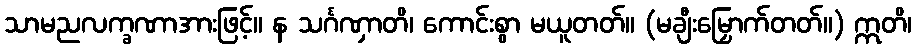
သာမညလက္ခဏာအားဖြင့်။ န သင်္ဂဏှာတိ၊ ကောင်းစွာ မယူတတ်။ (မချီးမြှောက်တတ်။) ဣတိ၊